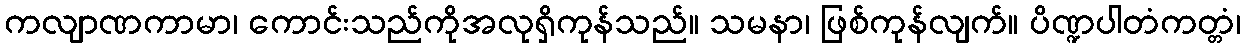
ကလျာဏကာမာ၊ ကောင်းသည်ကိုအလုရှိကုန်သည်။ သမနာ၊ ဖြစ်ကုန်လျက်။ ပိဏ္ဍပါတံကတ္တံ၊